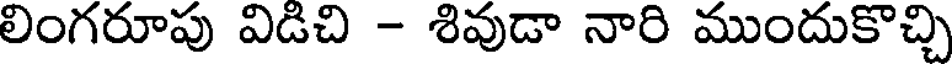
లింగరూపు విడిచి - శివుడా నారి ముందుకొచ్చి